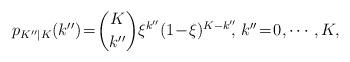
LaTeX: \begin{align*}p_{K''|K}(k'')\!=\!\binom{K}{k''}\xi^{k''}(1\!-\!\xi)^{K-k''}\!\!,\!\ k''\!=\!0,\cdots,K,\end{align*}